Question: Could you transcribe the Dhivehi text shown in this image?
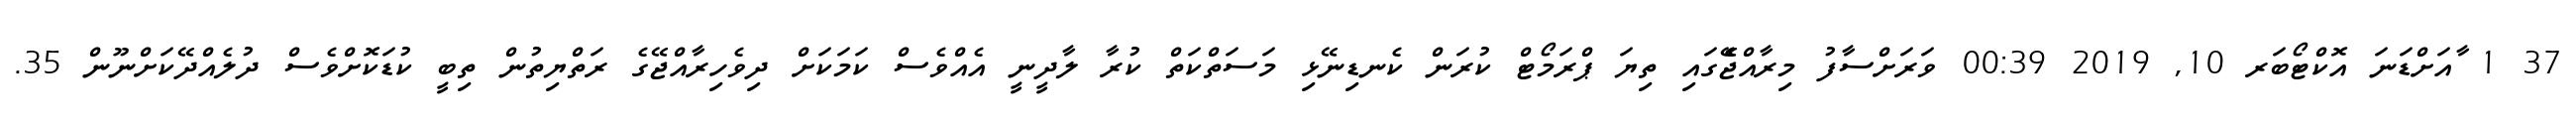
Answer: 37 1 ާއަށްޑަނަ އޮކްޓޯބަރ 10, 2019 00:39 ވަރަށްސާފު މިރާއްޖެެޭގައި ތިޔަ ޕްރަމޯޓް ކުރަން ކެނޑިނޭޅި މަސަތްކަތް ކުރާ ލާދީނީ އެއްވެސް ކަމަކަށް ދިވެހިރާއްޖޭގެ ރަތްޔިތުން ތިބީ ކުޑަކޮށްވެސް ދުލެއްދޭކަށްނޫން 35.